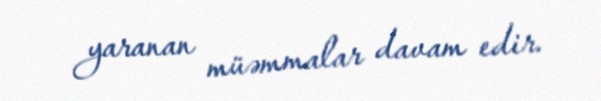
yaranan müəmmalar davam edir.